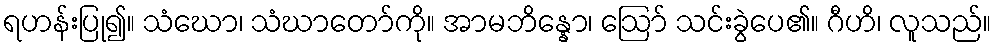
ရဟန်းပြု၍။ သံဃော၊ သံဃာတော်ကို။ အာမဘိန္နော၊ ဩော် သင်းခွဲပေ၏။ ဂီဟိ၊ လူသည်။